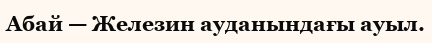
Абай — Железин ауданындағы ауыл.